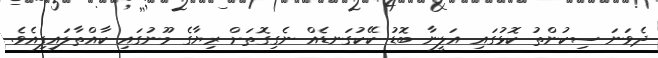
ދެވަނަ ސިކުންތު ކޮޅުގައި އަލީނާ ބޮޑު ކޭކުގަނޑެއް ނެގިގޮތަށް ރިޔާގެ މޫނުގައި ކާއްތާލައިފިއެވެ.